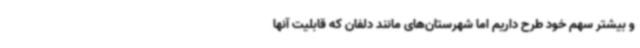
و بیشتر سهم خود طرح داریم اما شهرستان‌های مانند دلفان که قابلیت آنها